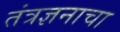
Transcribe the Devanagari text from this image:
तंत्रज्ञनाचा